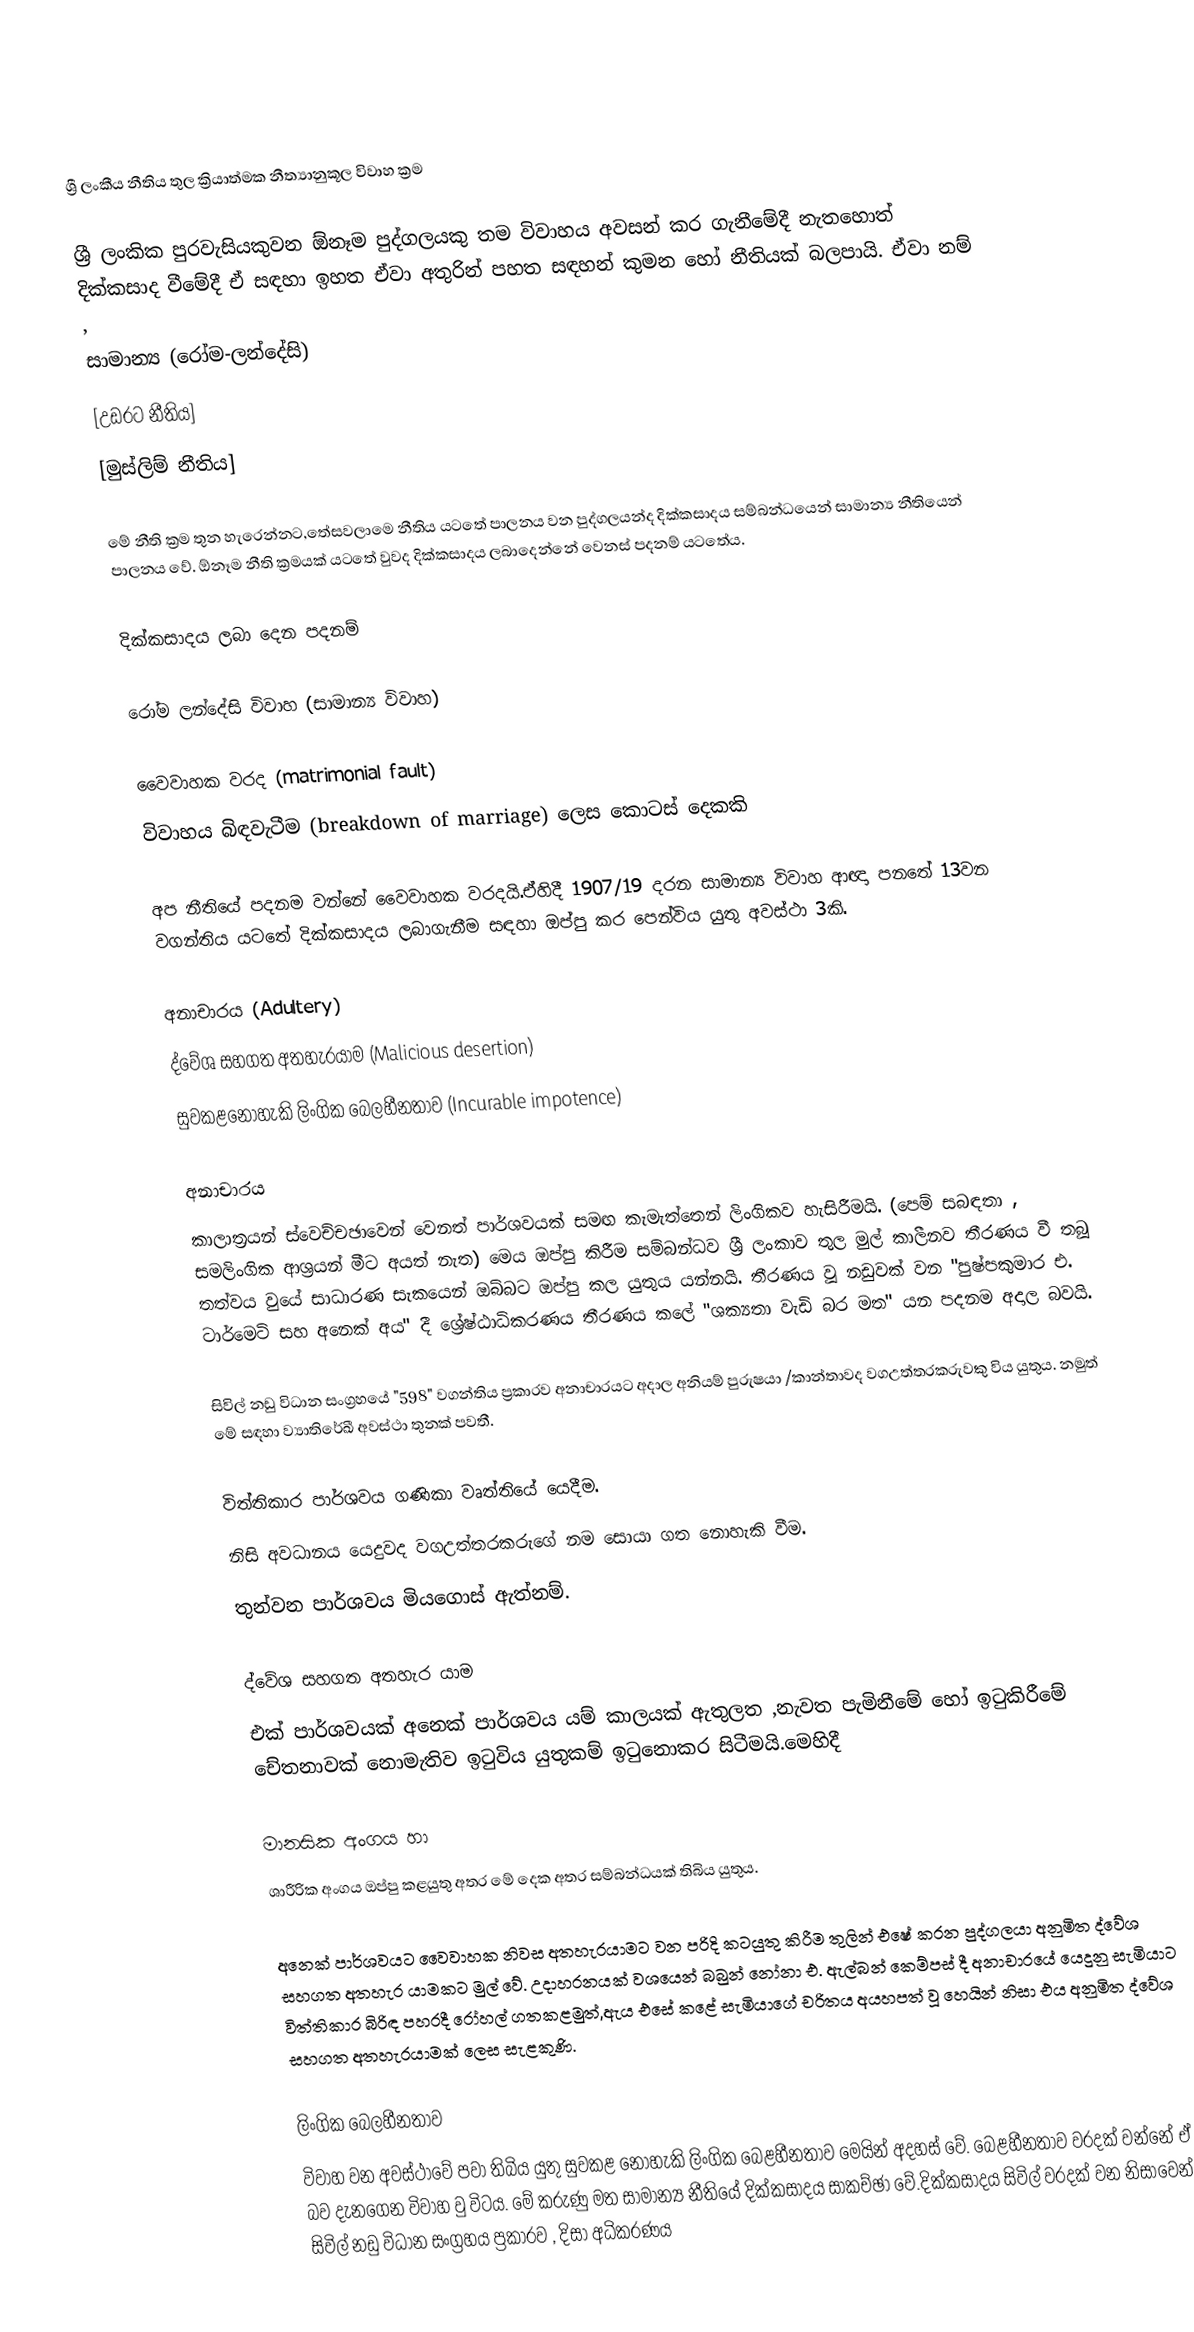

ශ්‍රී ලංකීය නීතිය තුල ක්‍රියාත්මක නීත්‍යානුකූල විවාහ ක්‍රම

ශ්‍රී ලංකික පුරවැසියකුවන ඕනෑම පුද්ගලයකු තම විවාහය අවසන් කර ගැනීමේදී නැතහොත්	දික්කසාද වීමේදී ඒ සඳහා ඉහත ඒවා අතුරින් පහත සඳහන් කුමන හෝ නීතියක් බලපායි. ඒවා නම් ,
 සාමාන්‍ය (රෝම-ලන්දේසි)
 [උඩරට නීතිය]
 [මුස්ලිම් නීතිය]

මේ නීති ක්‍රම තුන හැරෙන්නට,තේසවලාමෙ නීතිය යට‍තේ පාලනය වන පුද්ගලයන්ද දික්කසාදය සම්බන්ධයෙන් සාමාන්‍ය නීතියෙන් පාලනය වේ. ඕනෑම නීති ක්‍රමයක් යටතේ වුවද දික්කසාදය ලබාදෙන්නේ වෙනස් පදනම් යට‍තේය.

දික්කසාදය ලබා දෙන පදනම්

රෝම ලන්දේසි විවාහ (සාමාන්‍ය විවාහ)

 වෛවාහක වරද (matrimonial fault)
 විවාහය බිඳවැටීම (breakdown of marriage) ලෙස කොටස් දෙකකි

අප නීතියේ පදනම වන්නේ වෛවාහක වරදයි.ඒහිදී 1907/19 දරන සාමාන්‍ය විවාහ ආඥා පනතේ 13වන වගන්තිය යටතේ දික්කසාදය ලබාගැනීම සඳහා ඔප්පු කර පෙන්විය යුතු අවස්ථා 3කි.

 අනාචාරය (Adultery)
 ද්වේශ සහගත අතහැරයාම (Malicious desertion)
 සුවකළනොහැකි ලිංගික බෙලහීනතාව (Incurable impotence)

අනාචාරය
කාලාත්‍රයන් ස්වෙච්චඡාවෙන් වෙනත් පාර්ශවයක් සමඟ කැමැත්තෙන් ලිංගිකව හැසිරීමයි. (පෙම් සබඳතා , සමලිංගික ආශ්‍රයන් මීට අයත් නැත) මෙය ඔප්පු කිරීම සම්බන්ධව ශ්‍රී ලංකාව තුල මුල් කාලීනව තීරණය වී තබූ තත්වය වුයේ සාධාරණ සැකයෙන් ඔබ්බට ඔප්පු කල යුතුය යන්නයි. තීරණය වූ නඩුවක් වන "පුෂ්පකුමාර එ. ටාර්මෙටි සහ අනෙක් අය" දී ශ්‍රේෂ්ඨාධිකරණය තීරණය කලේ "ශක්‍යතා වැඩි බර මත" යන පදනම අදාල බවයි.

සිවිල් නඩු විධාන සංග්‍රහයේ "598" වගන්තිය ප්‍රකාරව අනාචාරයට අදාල අනියම් පුරුෂයා /කාන්තාවද වගඋත්තරකරුවකු විය යුතුය. නමුත් මේ සඳහා ව්‍යාතිරේඛී අවස්ථා තුනක් පවතී.

 විත්තිකාර පාර්ශවය ගණිකා වෘත්තියේ යෙදීම.
 නිසි අවධානය යෙදුවද වගඋත්තරකරුගේ නම සොයා ගත නොහැකි වීම.
 තුන්වන පාර්ශවය මියගොස් ඇත්නම්.

ද්වේශ සහගත අතහැර යාම
එක් පාර්ශවයක් අනෙක් පාර්ශවය යම් කාලයක් ඇතුලත ,නැවත පැමිනී‍මේ හෝ ඉටුකිරීමේ චේතනාවක් නොමැතිව ඉටුවිය යුතුකම් ඉටුනොකර සිටීමයි.මෙහිදී

 මානසික අංගය හා
 ශාරීරික අංගය ඔප්පු කළයුතු අතර මේ දෙක අතර සම්බන්ධයක් තිබිය යුතුය.

අනෙක් පාර්ශවයට වෛවාහක නිවස අතහැරයාමට වන පරිදි කටයුතු කිරීම තුලින් එෂේ කරන පුද්ගලයා අනුමිත ද්වේශ සහගත අතහැර යාමකට මුල් වේ. උදාහරනයක් වශයෙන් බබුන් නෝනා එ. ඇල්බන් කෙම්පස් දී අනාචාරයේ යෙදුනු සැමියාට විත්තිකාර බිරිඳ පහරදී ‍රෝහල් ගතකළමුත්,ඇය එසේ කළේ සැමියාගේ චරිතය අයහපත් වූ හෙයින් නිසා එය අනුමිත ද්වේශ සහගත අතහැරයාමක් ලෙස සැළකුණි.

ලිංගික බෙලහීනතාව
විවාහ වන අවස්ථාවේ පවා තිබිය යුතු සුවකළ නොහැකි ලිංගික බෙළහීනතාව මෙයින් අදහස් වේ. බෙළහීනතාව වරදක් වන්නේ ඒ බව දැනගෙන විවාහ වු විටය. මේ කරුණු මත සාමාන්‍ය නීතියේ දික්කසාදය සාකච්ඡා වේ.දික්කසාදය සිවිල් වරදක් වන නිසාවෙන් සිවිල් නඩු විධාන සංග්‍රහය ප්‍රකාරව , දිසා අධිකරණය